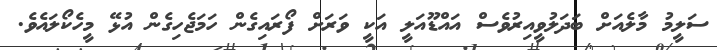
ސަލީމު މާލެއަށް ބަދަލުވީއިރުވެސް އައްޑޫއަލީ އަކީ ވަރަށް ފޯރައިގެން ހަމަޖެހިގެން އުޅޭ މީހެކޯލައެވެ.